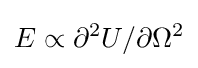
E\propto \partial ^{2}U/\partial \Omega ^{2}